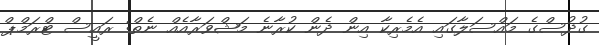
ގުދުސްގެ މައްސަލާގައި އެމެރިކާ އިން ދެން ކުރާނެ މަޝްވަރާއެއް ނެތް: ރައީސް ޓްރަމްޕް